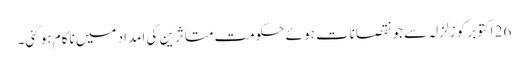
26 اکتوبر کو زلزلہ سے جو نقصانات ہوئے حکومت متاثرین کی امداد میں ناکام ہو گئی۔